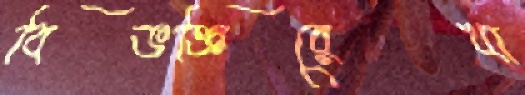
বিভক্তিরেখা